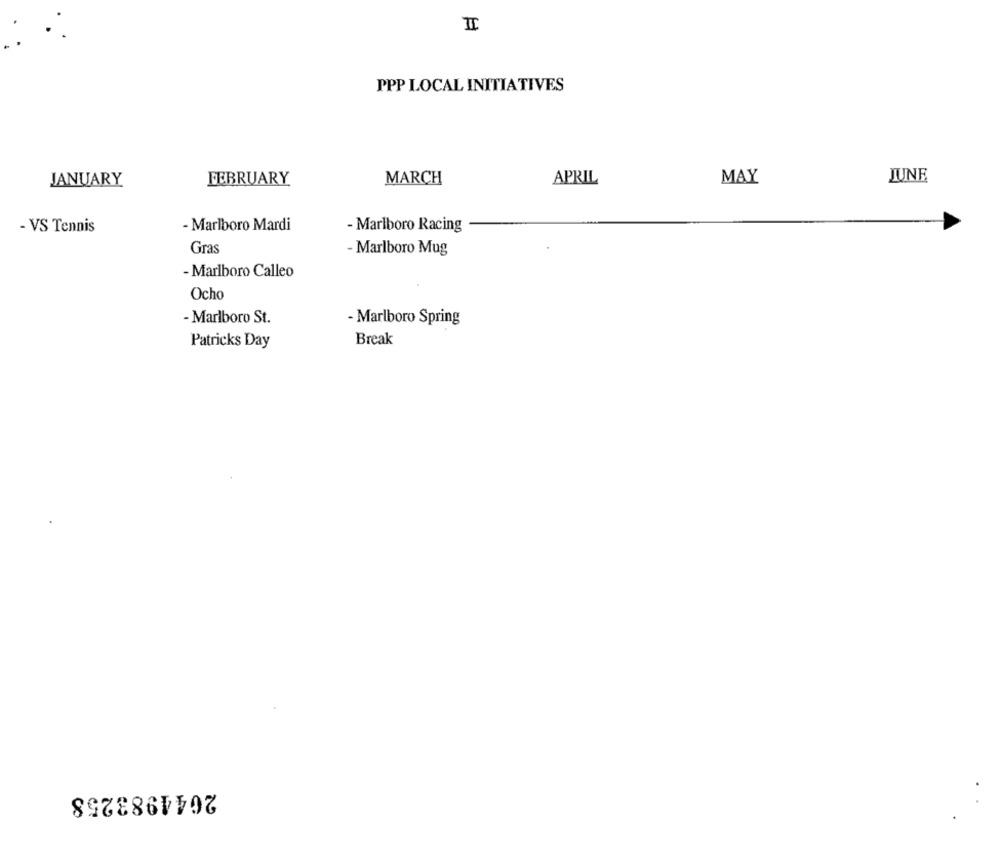
II
PPP LOCAL INITIATIVES
JANUARY
FEBRUARY
MARCH
APRIL
MAY
JUNE
- VS Tennis
- Marlboro Mardi
- Marlboro Racing
Gras
- Marlboro Mug
- Marlboro Calleo
Ocho
- Marlboro St.
- Marlboro Spring
Patricks Day
Break
2044983258